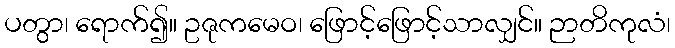
ပတွာ၊ ရောက်၍။ ဥဇုကမေဝ၊ ဖြောင့်ဖြောင့်သာလျှင်။ ဉာတိကုလံ၊